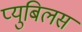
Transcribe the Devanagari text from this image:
प्युबिलस